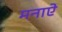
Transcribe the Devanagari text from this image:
मनाऐ